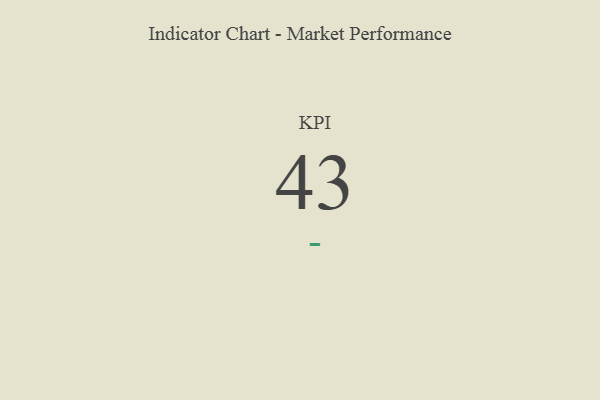
{"axis": {"x": "KPI", "y": "Value"}, "legend": [""], "data": [{"x": "KPI", "y": 43, "type": ""}]}